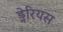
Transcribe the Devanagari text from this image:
ड्नेरियस